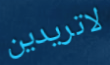
لاتريدين